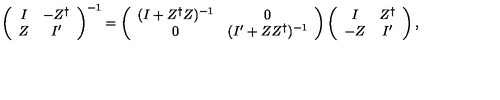
\left( \begin{array} { c c } { I } & { - Z ^ { \dag } } \\ { Z } & { I ^ { \prime } } \\ \end{array} \right) ^ { - 1 } = \left( \begin{array} { c c } { ( I + Z ^ { \dag } Z ) ^ { - 1 } } & { 0 } \\ { 0 } & { ( I ^ { \prime } + Z Z ^ { \dag } ) ^ { - 1 } } \\ \end{array} \right) \left( \begin{array} { c c } { I } & { Z ^ { \dag } } \\ { - Z } & { I ^ { \prime } } \\ \end{array} \right) ,